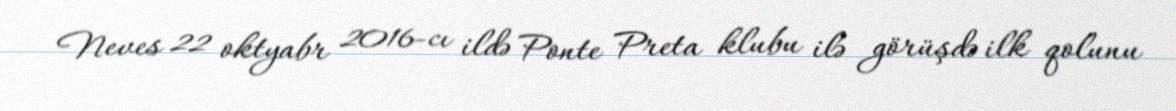
Neves 22 oktyabr 2016-cı ildə Ponte Preta klubu ilə görüşdə ilk qolunu